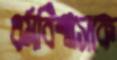
ধর্মবিশ্বাসকে